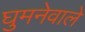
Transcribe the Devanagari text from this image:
घुमनेवाले